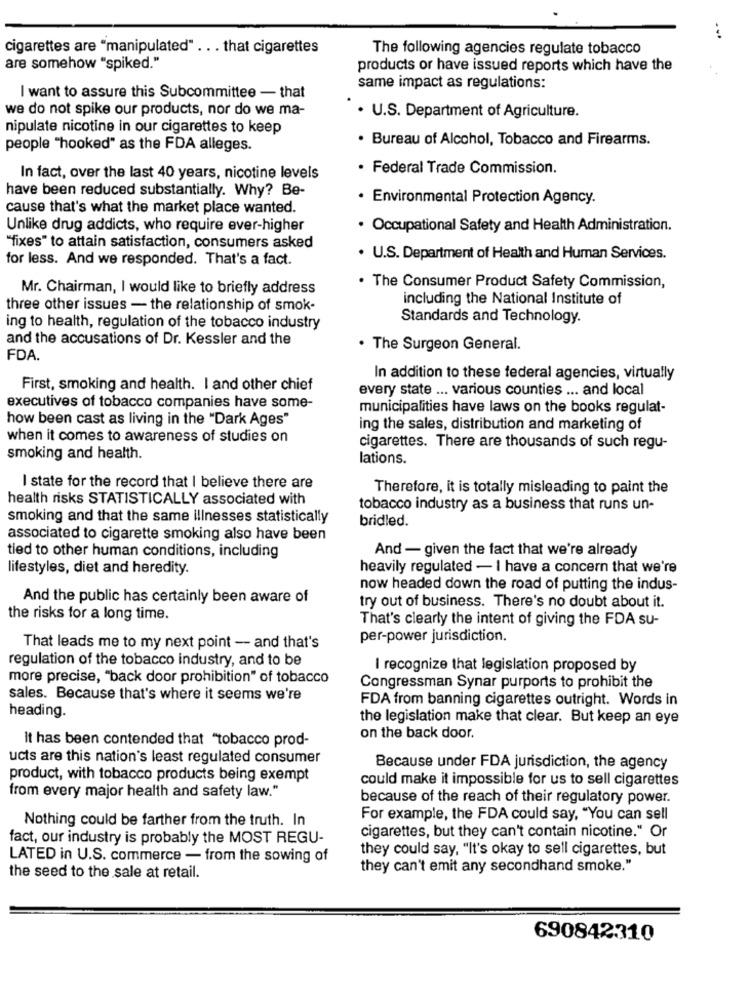
cigarettes are "manipulated" . . . that cigarettes
The following agencies regulate tobacco
are somehow "spiked."
products or have issued reports which have the
same impact as regulations:
I want to assure this Subcommittee - that
we do not spike our products, nor do we ma-
. U.S. Department of Agriculture.
nipulate nicotine in our cigarettes to keep
· Bureau of Alcohol, Tobacco and Firearms.
people "hooked" as the FDA alleges.
· Federal Trade Commission.
In fact, over the last 40 years, nicotine levels
have been reduced substantially. Why? Be-
· Environmental Protection Agency.
cause that's what the market place wanted.
Unlike drug addicts, who require ever-higher
· Occupational Safety and Health Administration.
"fixes" to attain satisfaction, consumers asked
for less. And we responded. That's a fact.
. U.S. Department of Health and Human Services.
Mr. Chairman, I would like to briefly address
. The Consumer Product Safety Commission,
including the National Institute of
three other issues - the relationship of smok-
Standards and Technology.
ing to health, regulation of the tobacco industry
and the accusations of Dr. Kessler and the
. The Surgeon General.
FDA.
In addition to these federal agencies, virtually
First, smoking and health. I and other chief
every state ... various counties ... and local
executives of tobacco companies have some-
municipalities have laws on the books regulat-
how been cast as living in the "Dark Ages"
ing the sales, distribution and marketing of
when it comes to awareness of studies on
cigarettes. There are thousands of such regu-
smoking and health.
lations.
I state for the record that I believe there are
Therefore, it is totally misleading to paint the
health risks STATISTICALLY associated with
tobacco industry as a business that runs un-
smoking and that the same illnesses statistically
bridled.
associated to cigarette smoking also have been
tied to other human conditions, including
And - given the fact that we're already
lifestyles, diet and heredity.
heavily regulated - I have a concern that we're
now headed down the road of putting the indus-
And the public has certainly been aware of
try out of business. There's no doubt about it.
the risks for a long time.
That's clearly the intent of giving the FDA su-
per-power jurisdiction.
That leads me to my next point - and that's
regulation of the tobacco industry, and to be
I recognize that legislation proposed by
more precise, "back door prohibition" of tobacco
Congressman Synar purports to prohibit the
sales. Because that's where it seems we're
FDA from banning cigarettes outright. Words in
heading.
the legislation make that clear. But keep an eye
It has been contended that "tobacco prod-
on the back door.
ucts are this nation's least regulated consumer
Because under FDA jurisdiction, the agency
product, with tobacco products being exempt
could make it impossible for us to sell cigarettes
from every major health and safety law."
because of the reach of their regulatory power.
For example, the FDA could say, "You can sell
Nothing could be farther from the truth. In
fact, our industry is probably the MOST REGU-
cigarettes, but they can't contain nicotine." Or
they could say, "It's okay to sell cigarettes, but
LATED in U.S. commerce - from the sowing of
they can't emit any secondhand smoke."
the seed to the sale at retail.
690842310